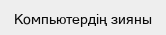
Компьютердің зияны